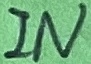
Text: IN